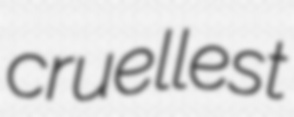
cruellest